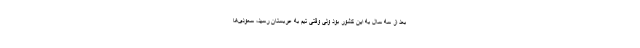
بعد از سه سال به این کشور بود ولی وقتی تیم به عربستان رسید، سعودی‌ها